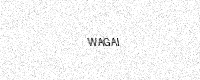
Text: WAGAI